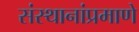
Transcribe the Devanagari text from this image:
संस्थानांप्रमाणे